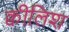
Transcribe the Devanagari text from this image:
क्वीलिश